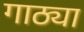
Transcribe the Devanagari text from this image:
गाठ्या